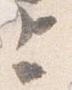
上